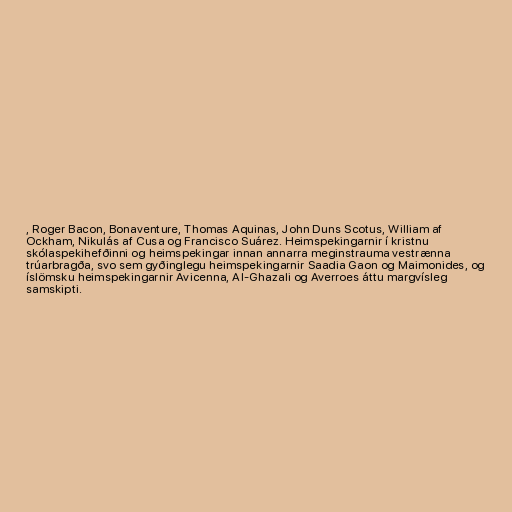
, Roger Bacon, Bonaventure, Thomas Aquinas, John Duns Scotus, William af
Ockham, Nikulás af Cusa og Francisco Suárez. Heimspekingarnir í kristnu
skólaspekihefðinni og heimspekingar innan annarra meginstrauma vestrænna
trúarbragða, svo sem gyðinglegu heimspekingarnir Saadia Gaon og Maimonides, og
íslömsku heimspekingarnir Avicenna, Al-Ghazali og Averroes áttu margvísleg
samskipti.